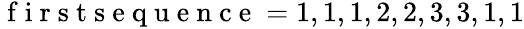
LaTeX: \begin{array}{r}{\mathrm{~f~i~r~s~t~s~e~q~u~e~n~c~e~}=1,1,1,2,2,3,3,1,1}\end{array}